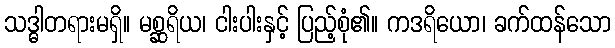
သဒ္ဓါတရားမရှိ။ မစ္ဆရိယ၊ ငါးပါးနှင့် ပြည့်စုံ၏။ ကဒရိယော၊ ခက်ထန်သော